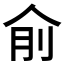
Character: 𠈛